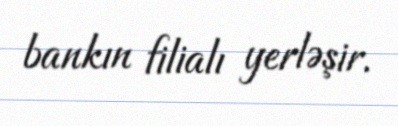
bankın filialı yerləşir.